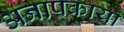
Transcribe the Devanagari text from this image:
अनापकाया